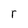
Character: r